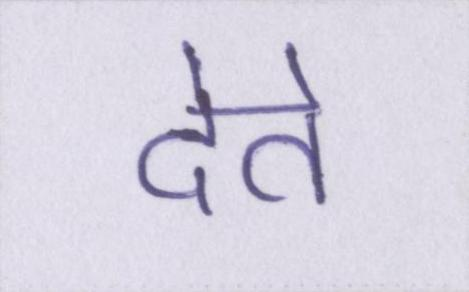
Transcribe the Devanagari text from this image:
देते